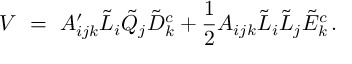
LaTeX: V \ = \ A _ { i j k } ^ { \prime } \tilde { L } _ { i } \tilde { Q } _ { j } \tilde { D } _ { k } ^ { c } + \frac { 1 } { 2 } A _ { i j k } \tilde { L } _ { i } \tilde { L } _ { j } \tilde { E } _ { k } ^ { c } \, .